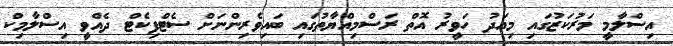
އިސްލާމީ މަރުކަޒުގައި މިއަދު ހަވީރު އޮތް ރަސްމިއްޔާތުގައި ބައިވެރިންނަށް ސެޓްފިކެޓް ދެއްވީ އިސްލާމިކް